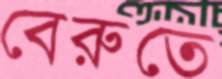
বেরুতে